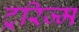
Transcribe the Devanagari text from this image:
ट्ररिज्म